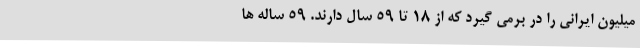
میلیون ایرانی را در برمی گیرد که از 18 تا 59 سال دارند. 59 ساله ها